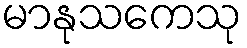
မာနုသကေသု